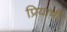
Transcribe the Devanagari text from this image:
प्रियाची